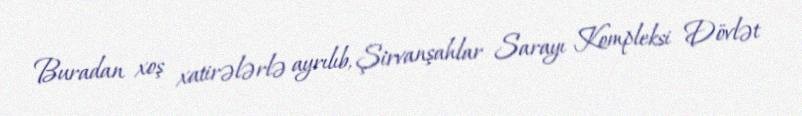
Buradan xoş xatirələrlə ayrılıb, Şirvanşahlar Sarayı Kompleksi Dövlət